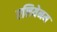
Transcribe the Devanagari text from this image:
एलियेनम